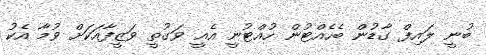
ބުނީ ލައިފް ގާޑުން ބެހެއްޓުން ހުއްޓުނީ އެއީ ވަގުތީ ވަޒީފާއަކަށް ވުމާ އެކު